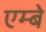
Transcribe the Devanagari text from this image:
एम्बे